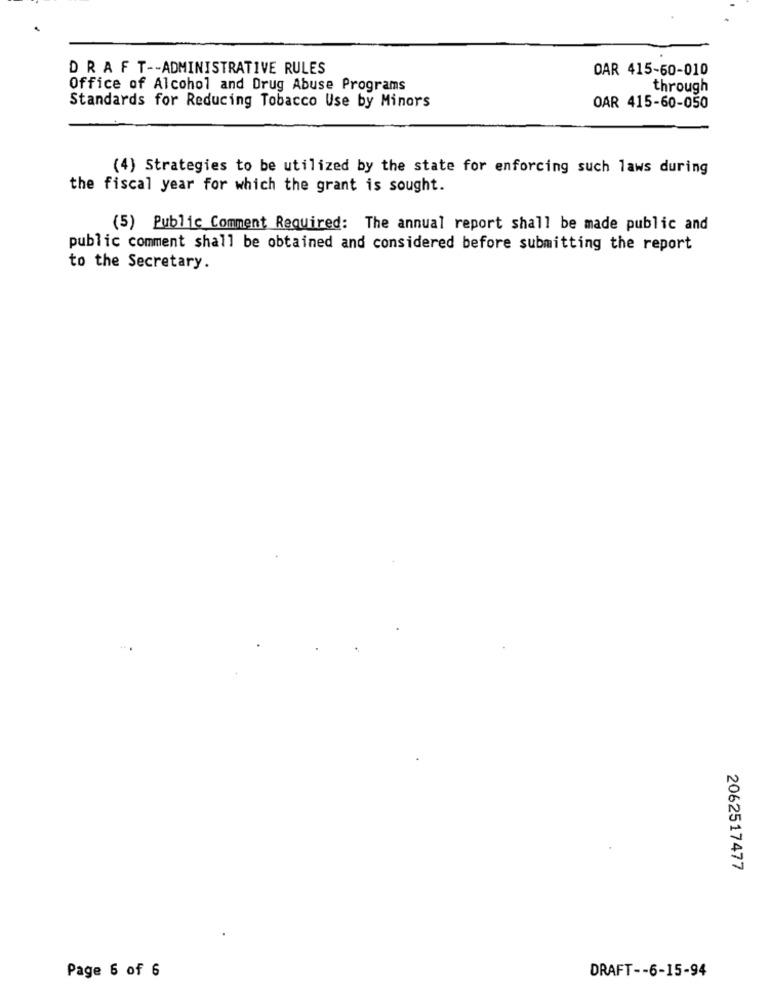
DRAFT -- ADMINISTRATIVE RULES
DAR 415-60-010
Office of Alcohol and Drug Abuse Programs
through
Standards for Reducing Tobacco Use by Minors
OAR 415-60-050
(4) Strategies to be utilized by the state for enforcing such laws during
the fiscal year for which the grant is sought.
(5) Public Comment Required: The annual report shall be made public and
public comment shall be obtained and considered before submitting the report
to the Secretary.
2062517477
Page 6 of 6
DRAFT -- 6-15-94